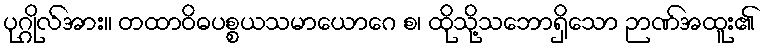
ပုဂ္ဂိုလ်အား။ တထာဝိဓပစ္စယသမာယောဂေ စ၊ ထိုသို့သဘောရှိသော ဉာဏ်အထူး၏